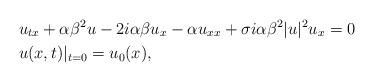
LaTeX: \begin{align*}&u_{tx}+\alpha\beta^2u-2i\alpha\beta u_x-\alpha u_{xx}+\sigma i\alpha\beta^2|u|^2u_x=0 \\&u(x,t)|_{t=0} = u_0(x),\end{align*}